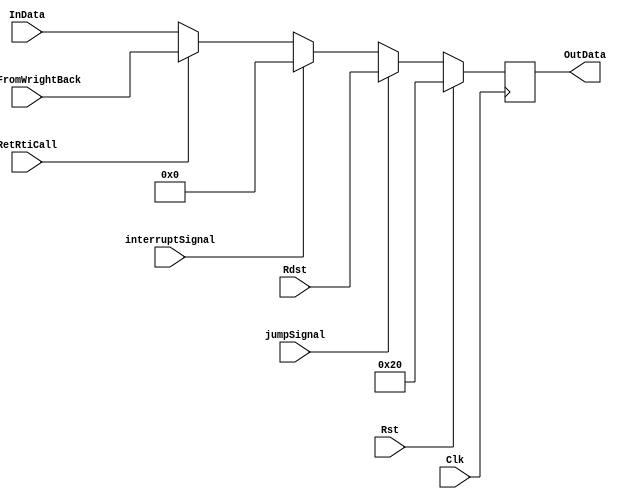
module register_32bit_PC(
    input Rst,
    input Clk,
    input[31:0] InData,
    input jumpSignal,
    input [31:0]Rdst,
    input interruptSignal,
    input RetRtiCall,
    input [31:0]dataFromWrightBack,
    output reg[31:0] OutData
);

// reg[31:0] Data;
// assign OutData=Data;

always @(posedge Clk)
begin
if(Rst)
  OutData<=32;
else if (jumpSignal) begin
  OutData<=Rdst;
end
else if (interruptSignal) begin
  OutData<=0;
end
else if (RetRtiCall) begin
  OutData<=dataFromWrightBack;
end
else begin
  OutData<=InData;
end
end


endmodule